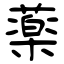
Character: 薬